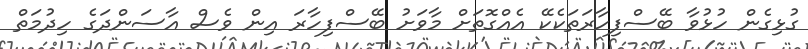
ގުޅިގެން ހުުޅުވާ ބޭސްފިހާރަތަކެކޭ އެއްގޮތަށް މާވަށު ބޭސްފިހާރަ އިން ވެސް އާސަންދަގެ ހިދުމަތް